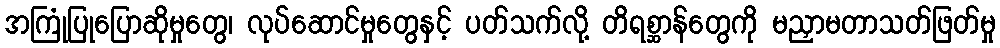
အကြုံပြုပြောဆိုမှုတွေ၊ လုပ်ဆောင်မှုတွေနှင့် ပတ်သက်လို့ တိရစ္ဆာန်တွေကို မညှာမတာသတ်ဖြတ်မှု